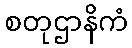
စတုဌာနိကံ